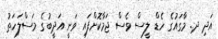
އަދި ދ. މާގައުގެ ހެޑް ލީސް ވެސް ޖަމާކޮށްފައި ވަނީ އަދީބުގެ މަސްލަހަތު